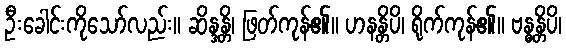
ဦးခေါင်းကိုသော်လည်း။ ဆိန္ဒန္တိ၊ ဖြတ်ကုန်၏။ ဟနန္တိပိ၊ ရိုက်ကုန်၏။ ဗန္ဓန္တိပိ၊